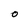
Character: O